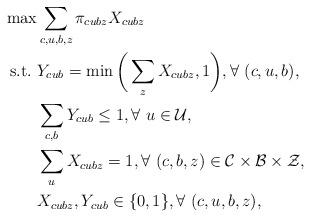
LaTeX: \begin{align*}\max & \sum_{c,u,b,z}\pi_{cubz}X_{cubz} \\{\rm s.t.\ } &Y_{cub} = \min\bigg(\sum_{z}X_{cubz},1\bigg), \forall \ (c,u,b) ,\\& \sum_{c,b}Y_{cub}\leq 1,\forall \ u\in\mathcal{U},\\& \sum_{u}X_{cubz}=1, \forall \ (c,b,z)\in \mathcal{C} \times \mathcal{B}\times\mathcal{Z},\\& X_{cubz},Y_{cub} \in \{0,1\}, \forall \ (c,u,b,z),\end{align*}